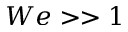
W e > > 1